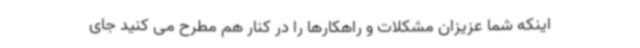
اینکه شما عزیزان مشکلات و راهکارها را در کنار هم مطرح می کنید جای